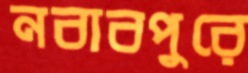
নবাবপুরে